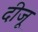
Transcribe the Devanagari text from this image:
दीजू